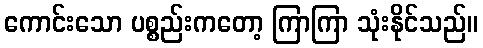
ကောင်းသော ပစ္စည်းကတော့ ကြာကြာ သုံးနိုင်သည်။